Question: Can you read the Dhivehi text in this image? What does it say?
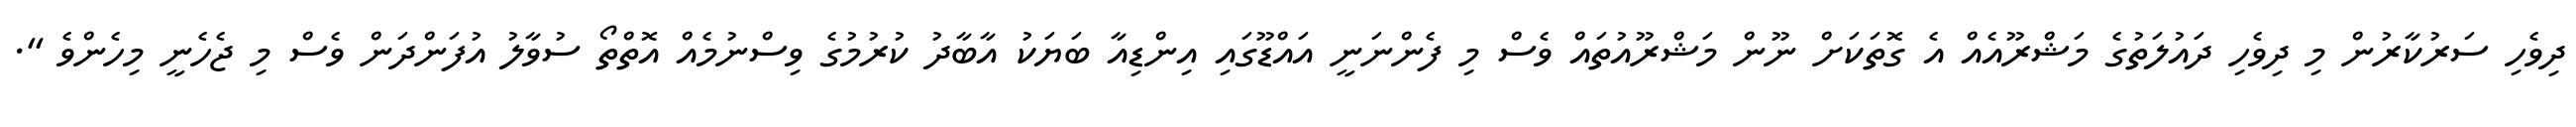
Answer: ދިވެހި ސަރުކާރުން މި ދިވެހި ދައުލަތުގެ މަޝްރޫއެއް އެ ގޮތަކަށް ނޫން މަޝްރޫއުތައް ވެސް މި ފެންނަނީ އައްޑޫގައި އިންޑިއާ ބަޔަކު އާބާދު ކުރުމުގެ ވިސްނުމެއް އޮތްތޯ ސުވާލު އުފަންދަން ވެސް މި ޖެހެނީ މިހެންވެ ".